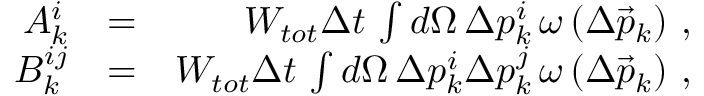
\begin{array} { r l r } { A _ { k } ^ { i } } & { = } & { W _ { t o t } \Delta t \, \int d \Omega \, \Delta p _ { k } ^ { i } \, \omega \left( \Delta \vec { p } _ { k } \right) \, , } \\ { B _ { k } ^ { i j } } & { = } & { W _ { t o t } \Delta t \, \int d \Omega \, \Delta p _ { k } ^ { i } \Delta p _ { k } ^ { j } \, \omega \left( \Delta \vec { p } _ { k } \right) \, , } \end{array}